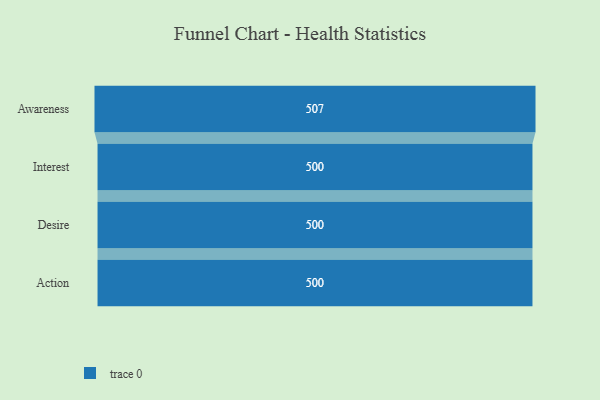
{"axis": {"x": "Stage", "y": "Value"}, "legend": [""], "data": [{"x": "Awareness", "y": 507.0, "type": ""}, {"x": "Interest", "y": 500, "type": ""}, {"x": "Desire", "y": 500, "type": ""}, {"x": "Action", "y": 500, "type": ""}]}